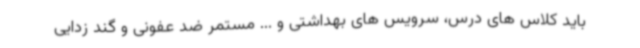
باید کلاس های درس، سرویس های بهداشتی و ... مستمر ضد عفونی و گند زدایی